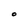
Character: O